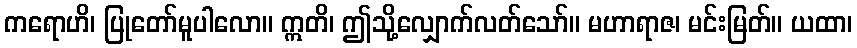
ကရောဟိ၊ ပြုတော်မူပါလော။ ဣတိ၊ ဤသို့လျှောက်လတ်သော်။ မဟာရာဇ၊ မင်းမြတ်။ ယထာ၊